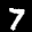
Label: 7